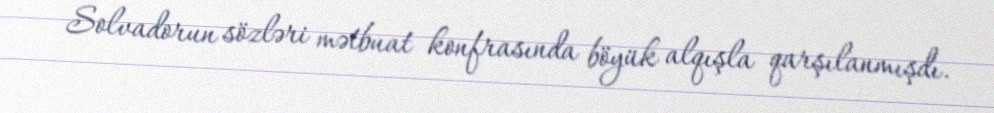
Solvadorun sözləri mətbuat konfrasında böyük alqışla qarşılanmışdı.